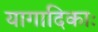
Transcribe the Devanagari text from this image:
यागादिकाः